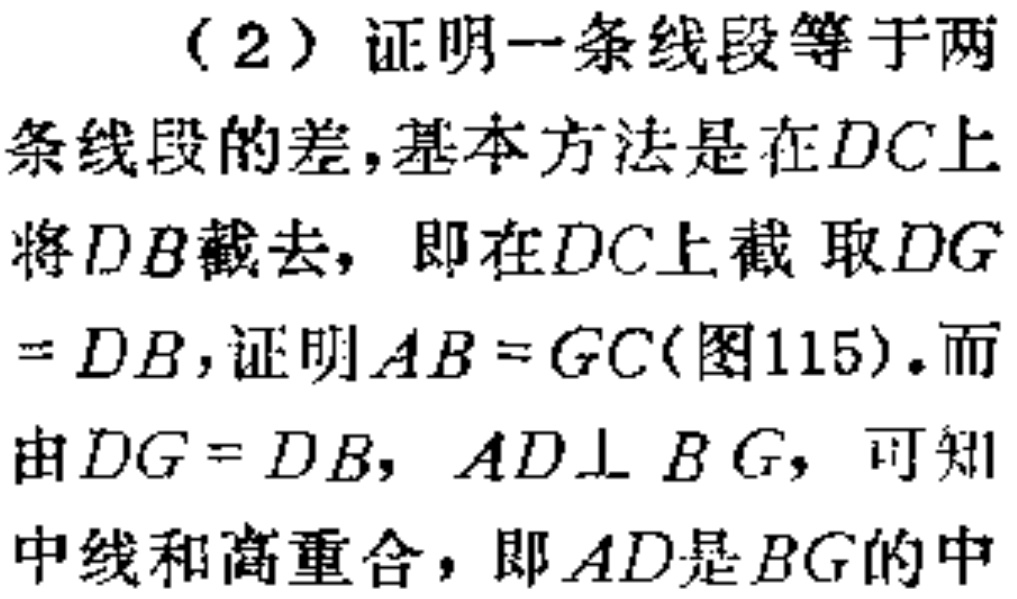
（2）证明一条线段等于两条线段的差，基本方法是在\(DC\)上将\(DB\)截去，即在\(DC\)上截取\(DG = DB\)，证明\(AB = GC\)(图115)。而由\(DG = DB\)，\(AD\perp BG\)，可知中线和高重合，即\(AD\)是\(BG\)的中